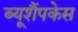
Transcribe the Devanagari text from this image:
ब्यूशैंपकेस